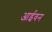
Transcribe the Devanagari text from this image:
आईवन